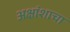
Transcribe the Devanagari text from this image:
अक्षांशाचा